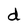
Character: d